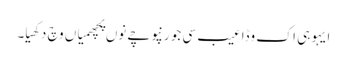
ایہو ہی اک وڈا عیب سی جو رنپوچے نوں پچھمیاں وچ دکھیا۔